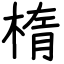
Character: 楕